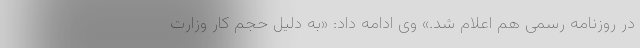
در روزنامه رسمی هم اعلام شد.» وی ادامه داد: «به دلیل حجم کار وزارت